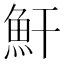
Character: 𩵟